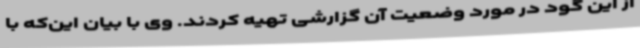
از این گود در مورد وضعیت آن گزارشی تهیه کردند. وی با بیان این‌که با